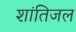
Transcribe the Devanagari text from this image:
शांतिजल